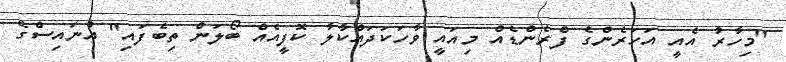
"މިހާރު އެއީ އަހަރެންގެ ފްރެންޑެއް މިއައީ ވާހަކަދައްކާލާ ކޮފީއެއް ބޯލަން ތިބެފައި" އުނައިސްގެ